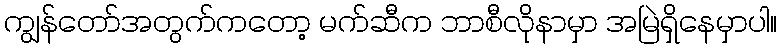
ကျွန်တော်အတွက်ကတော့ မက်ဆီက ဘာစီလိုနာမှာ အမြဲရှိနေမှာပါ။